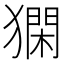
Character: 𤡦